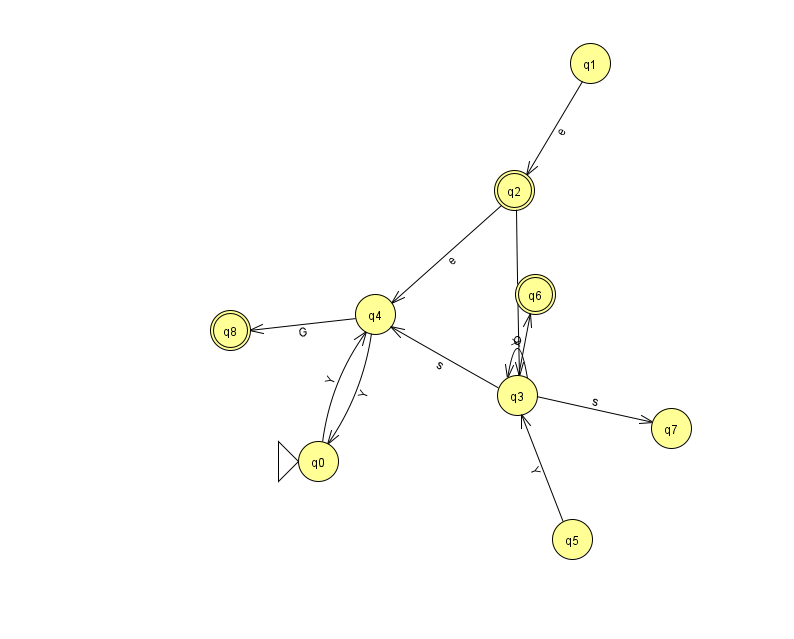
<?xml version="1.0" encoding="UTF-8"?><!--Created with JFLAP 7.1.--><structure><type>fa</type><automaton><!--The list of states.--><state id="0" name="q0"><x>318.0</x><y>448.0</y><initial/></state><state id="1" name="q1"><x>590.0</x><y>50.0</y></state><state id="2" name="q2"><x>514.0</x><y>177.0</y><final/></state><state id="3" name="q3"><x>517.0</x><y>382.0</y></state><state id="4" name="q4"><x>375.0</x><y>301.0</y></state><state id="5" name="q5"><x>572.0</x><y>526.0</y></state><state id="6" name="q6"><x>535.0</x><y>281.0</y><final/></state><state id="7" name="q7"><x>671.0</x><y>415.0</y></state><state id="8" name="q8"><x>230.0</x><y>317.0</y><final/></state><!--The list of transitions.--><transition><from>0</from><to>4</to><read>Y</read></transition><transition><from>3</from><to>7</to><read>s</read></transition><transition><from>4</from><to>0</to><read>Y</read></transition><transition><from>2</from><to>4</to><read>e</read></transition><transition><from>3</from><to>4</to><read>s</read></transition><transition><from>2</from><to>3</to><read>Q</read></transition><transition><from>3</from><to>6</to><read>X</read></transition><transition><from>5</from><to>3</to><read>Y</read></transition><transition><from>1</from><to>2</to><read>e</read></transition><transition><from>4</from><to>8</to><read>G</read></transition><transition><from>3</from><to>3</to><read>O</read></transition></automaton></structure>